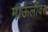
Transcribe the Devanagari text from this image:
माऊलीवर